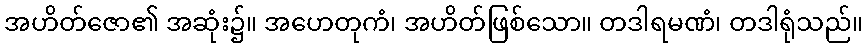
အဟိတ်ဇော၏ အဆုံး၌။ အဟေတုကံ၊ အဟိတ်ဖြစ်သော။ တဒါရမဏံ၊ တဒါရုံသည်။